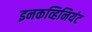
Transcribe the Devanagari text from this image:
इनकव्हिनियंट